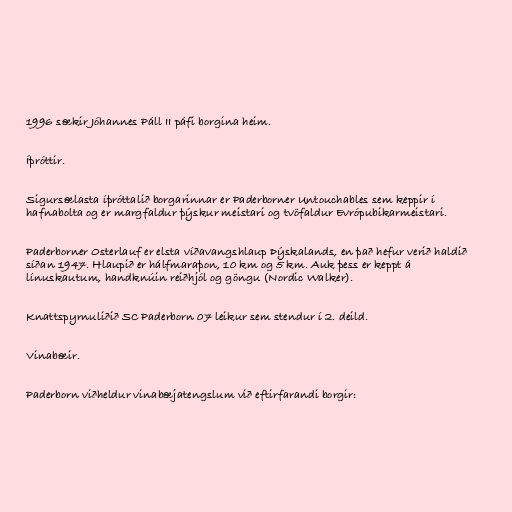
1996 sækir Jóhannes Páll II páfi borgina heim.

Íþróttir.

Sigursælasta íþróttalið borgarinnar er Paderborner Untouchables sem keppir í
hafnabolta og er margfaldur þýskur meistari og tvöfaldur Evrópubikarmeistari.

Paderborner Osterlauf er elsta víðavangshlaup Þýskalands, en það hefur verið haldið
síðan 1947. Hlaupið er hálfmaraþon, 10 km og 5 km. Auk þess er keppt á
línuskautum, handknúin reiðhjól og göngu (Nordic Walker).

Knattspyrnuliðið SC Paderborn 07 leikur sem stendur í 2. deild.

Vinabæir.

Paderborn viðheldur vinabæjatengslum við eftirfarandi borgir: